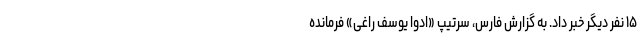
۱۵ نفر دیگر خبر داد. به گزارش فارس، سرتیپ «ادوا یوسف راغی» فرمانده